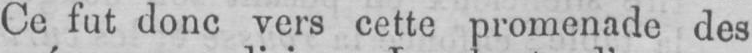
Ce fut donc vers cette promenade des